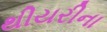
થીયરીના